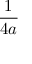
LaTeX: \frac { 1 } { 4 a }